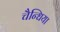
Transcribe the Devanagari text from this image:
चैन्धिया